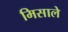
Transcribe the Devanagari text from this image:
मिसाले